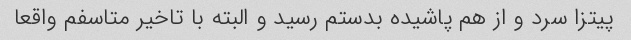
پیتزا سرد و از هم پاشیده بدستم رسید و البته با تاخیر متاسفم واقعا